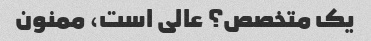
یک متخصص؟ عالی است، ممنون